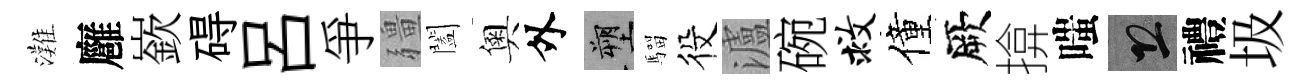
灘廱嶔碍呂爭疆闔奧外塑騮役瀘碗救僮厥揜嗤恐禮圾